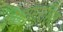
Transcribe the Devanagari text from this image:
विश्रामरहित